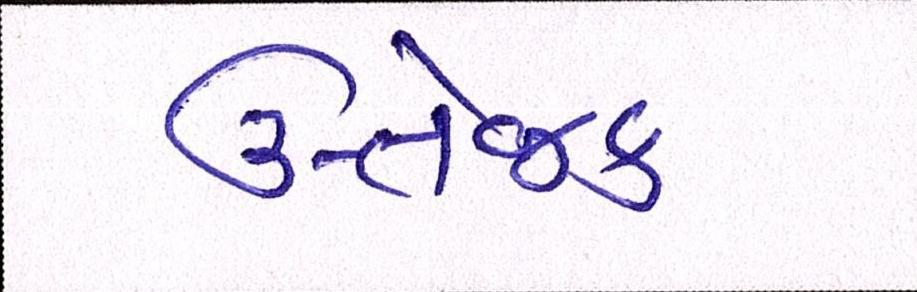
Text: ઉત્તેજક